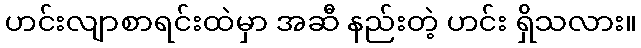
ဟင်းလျာစာရင်းထဲမှာ အဆီ နည်းတဲ့ ဟင်း ရှိသလား။